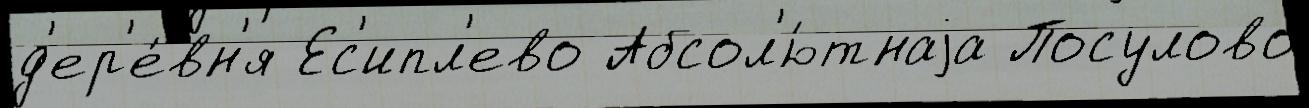
д'ер'е́вн'я Ес'ипл'ево Абсол'ю́тнаjа Посулово